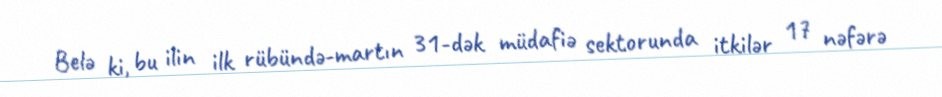
Belə ki, bu ilin ilk rübündə-martın 31-dək müdafiə sektorunda itkilər 17 nəfərə